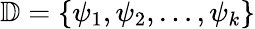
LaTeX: \mathbb{D}=\{ \psi_{1},\psi_{2},\dots,\psi_{k}\}